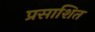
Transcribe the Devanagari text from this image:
प्रसाशित